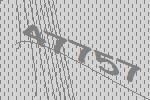
47757